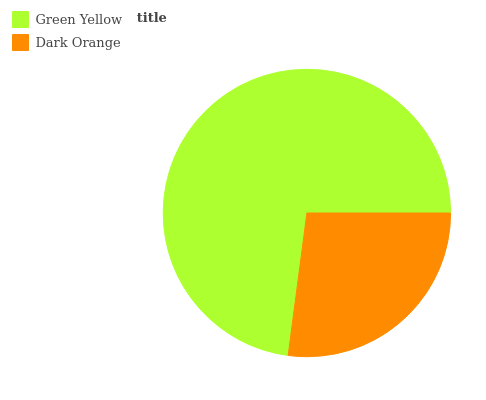
| Green Yellow | Dark Orange |
 | --- | --- |
 | 72.9% | 27.1% |